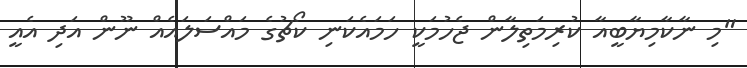
"މި ނާކާމިޔާބީއާ ކުރިމަތިލާން ޖެހުމަކީ ހަމައެކަނި ކޯޗުގެ މައްސަލައެއް ނޫން އަދި އެއީ